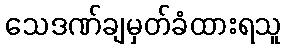
သေဒဏ်ချမှတ်ခံထားရသူ